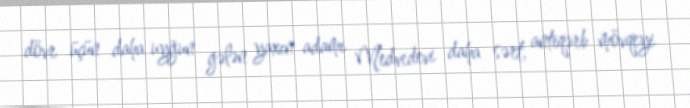
dövr üçün daha uyğun gələn yaxın adamı Medvedevi daha sərt, antiqərb mövqeyi